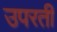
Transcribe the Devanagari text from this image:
उपरती